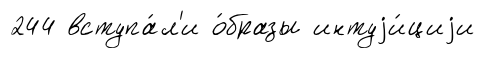
244 вступа́л'и о́бразы интуjи́циjи